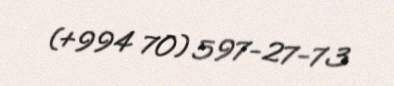
(+994 70) 597-27-73